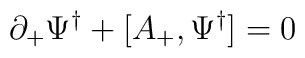
\partial_+{ \Psi^\dagger} +[A_+ , { \Psi^\dagger}] =0